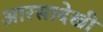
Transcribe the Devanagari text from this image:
आरसादेखी